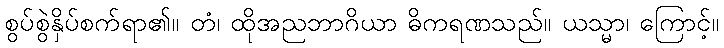
စွပ်စွဲနှိပ်စက်ရာ၏။ တံ၊ ထိုအညဘာဂိယာ ဓိကရဏသည်။ ယသ္မာ၊ ကြောင့်။